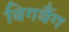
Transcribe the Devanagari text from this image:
बिगबैंग